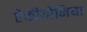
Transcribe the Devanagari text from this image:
ऐंकीयोनिया